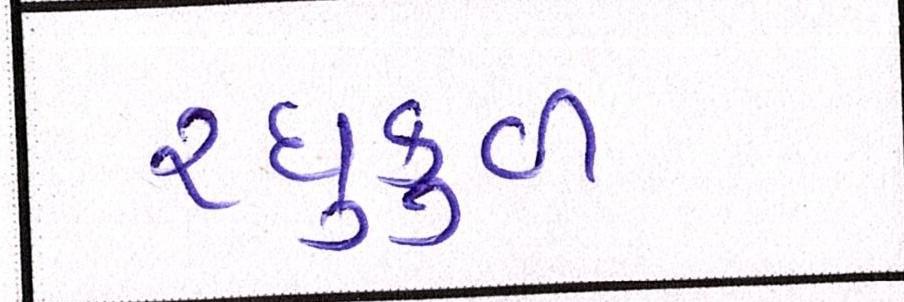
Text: રઘુકુળ